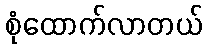
စုံထောက်လာတယ်